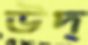
উদ্